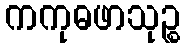
ကကုဓဖာသုဉ္စ